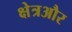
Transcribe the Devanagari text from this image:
क्षेत्रऔर